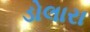
ડોલારા